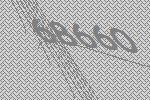
68660